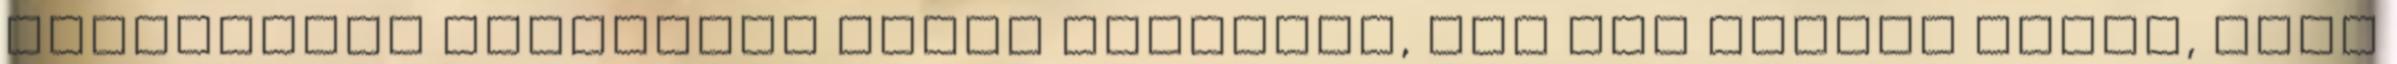
egészségem általában jónak tetszett, azt sem vettem észre, hogy